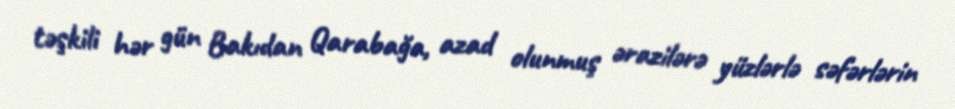
təşkili hər gün Bakıdan Qarabağa, azad olunmuş ərazilərə yüzlərlə səfərlərin